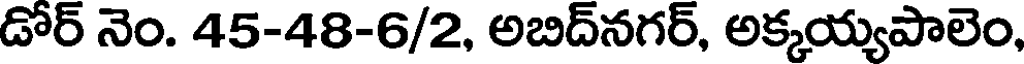
డోర్ నెం. 45-48-6/2, అబిద్నగర్, అక్కయ్యపాలెం,